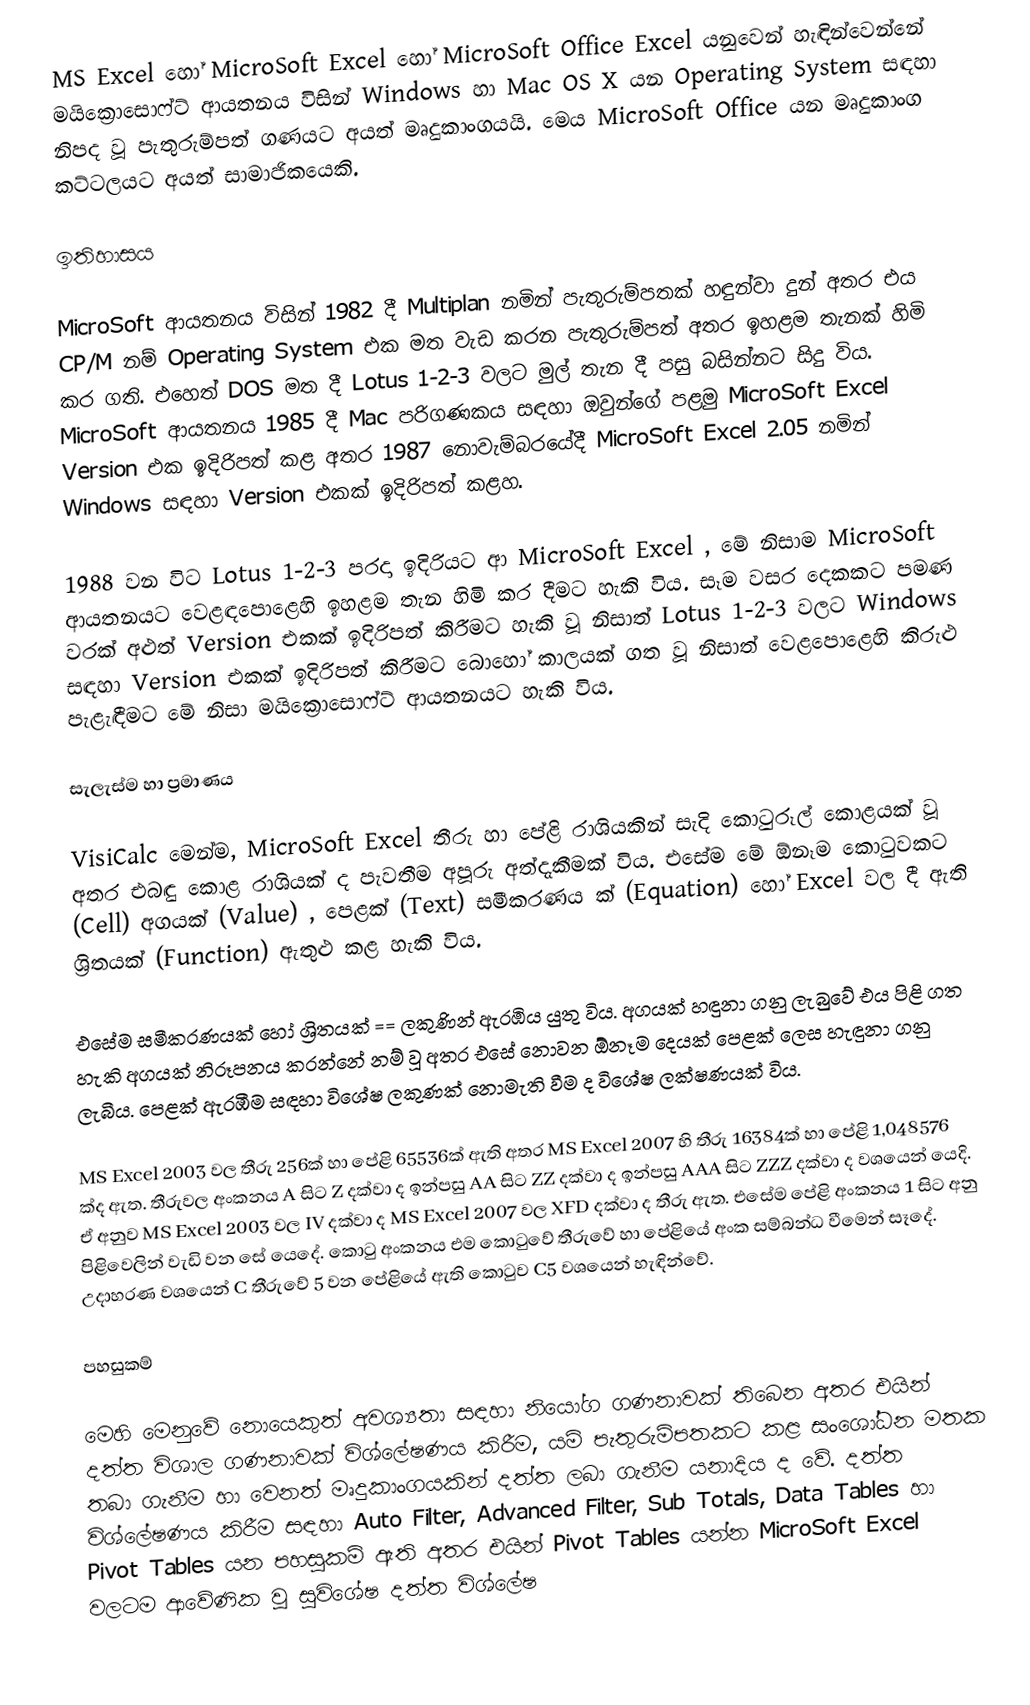
MS Excel හෝ MicroSoft Excel හෝ MicroSoft Office Excel යනුවෙන් හැඳින්වෙන්නේ මයික්‍රොසොෆ්ට් ආයතනය විසින් Windows හා Mac OS X යන Operating System සඳහා නිපද වූ පැතුරුම්පත් ගණයට අයත් මෘදුකාංගයයි. මෙය MicroSoft Office යන මෘදුකාංග කට්ටලයට අයත් සාමාජිකයෙකි.

ඉතිහාසය

MicroSoft ආයතනය විසින් 1982 දී Multiplan නමින් පැතුරුම්පතක් හඳුන්වා දුන් අතර එය CP/M නම් Operating System එක මත වැඩ කරන පැතුරුම්පත් අතර ඉහළම තැනක් හිමි කර ගති. එහෙත් DOS මත දී Lotus 1-2-3 වලට මුල් තැන දී පසු බසින්නට සිදු විය. MicroSoft ආයතනය 1985 දී Mac පරිගණකය සඳහා ඔවුන්ගේ පළමු MicroSoft Excel Version එක ඉදිරිපත් කළ අතර 1987 නොවැම්බරයේදී MicroSoft Excel 2.05 නමින් Windows සඳහා Version එකක් ඉදිරිපත් කළහ.

1988 වන විට Lotus 1-2-3 පරදා ඉදිරියට ආ MicroSoft Excel , මේ නිසාම MicroSoft ආයතනයට වෙළඳපොළෙහි ඉහළම තැන හිමි කර දීමට හැකි විය. සෑම වසර දෙකකට පමණ වරක් අළුත් Version එකක් ඉදිරිපත් කිරීමට හැකි වූ නිසාත් Lotus 1-2-3 වලට Windows සඳහා Version එකක් ඉදිරිපත් කිරීමට බොහෝ කාලයක් ගත වූ නිසාත් වෙළපොළෙහි කිරුළු පැළැඳීමට මේ නිසා මයික්‍රොසොෆ්ට් ආයතනයට හැකි විය.

සැලැස්ම හා ප්‍රමාණය

VisiCalc මෙන්ම, MicroSoft Excel තීරු හා පේළි රාශියකින් සැදි කොටුරූල් කොළයක් වූ අතර එබඳු කොළ රාශියක් ද පැවතීම අපූරු අත්දැකීමක් විය. එසේම මේ ඕනෑම කොටුවකට (Cell) අගයක් (Value) , පෙළක් (Text) සමීකරණය ක් (Equation) හෝ Excel වල දී ඇති ශ්‍රිතයක් (Function) ඇතුළු කළ හැකි විය.

එසේම සමීකරණයක් හෝ ශ්‍රිතයක් == ලකුණින් ඇරඹිය යුතු විය. අගයක් හඳුනා ගනු ලැබුවේ එය පිළි ගත හැකි අගයක් නිරූපනය කරන්නේ නම් වූ අතර එසේ නොවන ඕනෑම දෙයක් පෙළක් ලෙස හැඳුනා ගනු ලැබීය. පෙළක් ඇරඹීම සඳහා විශේෂ ලකුණක් නොමැති වීම ද විශේෂ ලක්ෂණයක් විය.

MS Excel 2003 වල තීරු 256ක් හා පේළි 65536ක් ඇති අතර MS Excel 2007 හි තීරු 16384ක් හා පේළි 1,048576 ක්ද ඇත. තීරුවල අංකනය A සිට Z දක්වා ද ඉන්පසු AA සිට ZZ දක්වා ද ඉන්පසු AAA සිට ZZZ දක්වා ද වශයෙන් යෙදි. ඒ අනුව MS Excel 2003 වල IV දක්වා ද MS Excel 2007 වල XFD දක්වා ද තීරු ඇත. එසේම පේළි අංකනය 1 සිට අනු පිළිවෙලින් වැඩි වන සේ යෙදේ. කොටු අංකනය එම කොටුවේ තීරුවේ හා පේළියේ අංක සම්බන්ධ වීමෙන් සෑදේ. උදාහරණ වශයෙන් C තීරුවේ 5 වන පේළියේ ඇති කොටුව C5 වශයෙන් හැඳින්වේ.

පහසුකම්

මෙහි මෙනුවේ නොයෙකුත් අවශ්‍යතා සඳහා නියෝග ගණනාවක් තිබෙන අතර එයින් දත්ත විශාල ගණනාවක් විශ්ලේෂණය කිරීම, යම් පැතුරුම්පතකට කළ සංශෝධන මතක තබා ගැනීම හා වෙනත් මෘදුකාංගයකින් දත්ත ලබා ගැනීම යනාදිය ද වේ. දත්ත විශ්ලේෂණය කිරීම සඳහා Auto Filter, Advanced Filter, Sub Totals, Data Tables හා Pivot Tables යන පහසුකම් ඇති අතර එයින් Pivot Tables යන්න MicroSoft Excel වලටම ආවේණික වූ සුවිශේෂ දත්ත විශ්ලේෂ